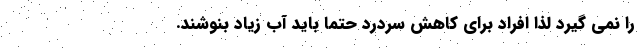
را نمی گیرد لذا افراد برای کاهش سردرد حتماً باید آب زیاد بنوشند.